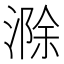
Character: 滁